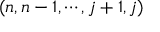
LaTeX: ( n , n - 1 , \cdots , j + 1 , j )